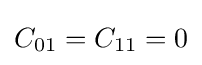
C_{01}=C_{11}=0